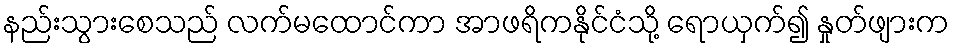
နည်းသွားစေသည် လက်မထောင်ကာ အာဖရိကနိုင်ငံသို့ ရောယှက်၍ နှုတ်ဖျားက